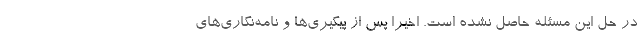
در حل این مسئله حاصل نشده است. اخیرا پس از پیگیری‌ها و نامه‌نگاری‌های